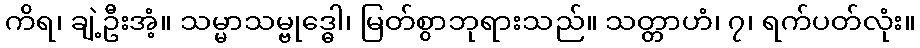
ကိရ၊ ချဲ့ဦးအံ့။ သမ္မာသမ္ဗုဒ္ဓေါ၊ မြတ်စွာဘုရားသည်။ သတ္တာဟံ၊ ၇၊ ရက်ပတ်လုံး။